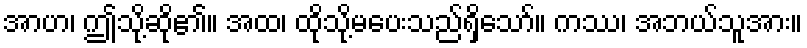
အာဟ၊ ဤသို့ဆို၏။ အထ၊ ထိုသို့မပေးသည်ရှိသော်။ ကဿ၊ အဘယ်သူအား။